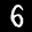
Label: 6